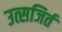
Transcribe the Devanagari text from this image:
उत्सजिर्त